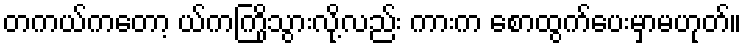
တကယ်ကတော့ ယ်ကကြိုသွားလို့လည်း ကားက စောထွက်ပေးမှာမဟုတ်။